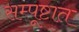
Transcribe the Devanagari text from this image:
सम्पूष्टात